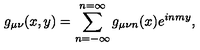
g _ { \mu \nu } ( x , y ) = \sum _ { n = - \infty } ^ { n = \infty } g _ { \mu \nu n } ( x ) e ^ { i n m y } ,